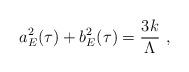
LaTeX: \begin{align*}a_{E}^{2}(\tau) + b_{E}^{2}(\tau) = \frac{3k}{\Lambda} ~, \end{align*}